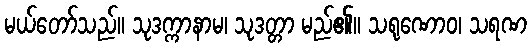
မယ်တော်သည်။ သုဒက္ကာနာမ၊ သုဒတ္တာ မည်၏။ သရုဏောဝ၊ သရဏ